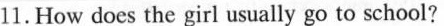
11.How does the girl usually go to school?